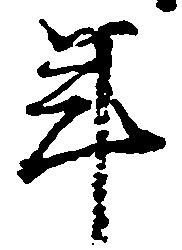
年